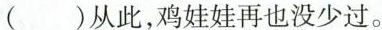
()从此，鸡娃娃再也没少过。